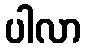
ပါလာ